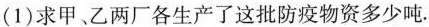
(1)求甲、乙两厂各生产了这批防疫物资多少吨。